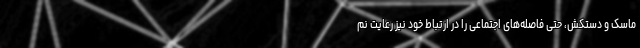
ماسک و دستکش، حتی فاصله‌های اجتماعی را در ارتباط خود نیز رعایت نم